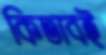
কিতাবই